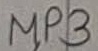
Text: MP3